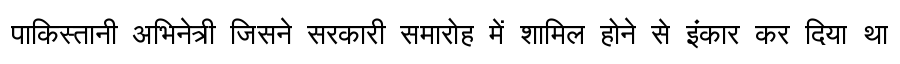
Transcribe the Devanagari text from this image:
पाकिस्तानी अभिनेत्री जिसने सरकारी समारोह में शामिल होने से इंकार कर दिया था